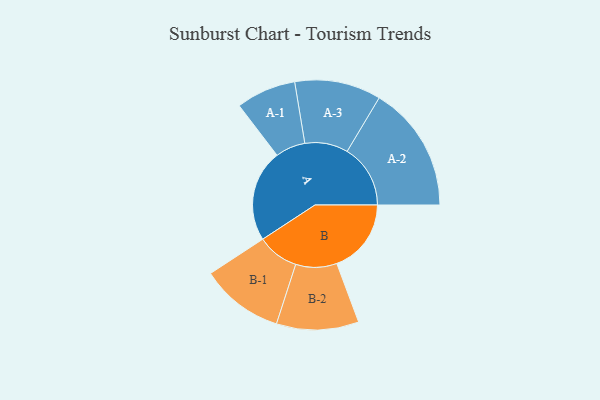
{"axis": {"x": "Segment", "y": "Value"}, "legend": ["", "A", "B"], "data": [{"x": "A", "y": 411, "type": ""}, {"x": "B", "y": 333, "type": ""}, {"x": "A-1", "y": 134, "type": "A"}, {"x": "A-2", "y": 283, "type": "A"}, {"x": "A-3", "y": 193, "type": "A"}, {"x": "B-1", "y": 186, "type": "B"}, {"x": "B-2", "y": 184, "type": "B"}]}